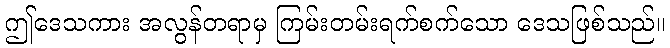
ဤဒေသကား အလွန်တရာမှ ကြမ်းတမ်းရက်စက်သော ဒေသဖြစ်သည်။